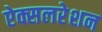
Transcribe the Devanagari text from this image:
ऐक्सलरेशन